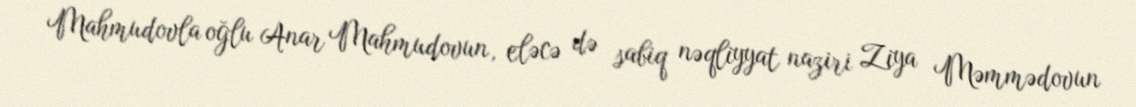
Mahmudovla oğlu Anar Mahmudovun, eləcə də sabiq nəqliyyat naziri Ziya Məmmədovun